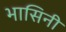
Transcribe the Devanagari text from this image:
भासिनी